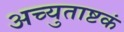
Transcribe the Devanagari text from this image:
अच्युताष्टकं